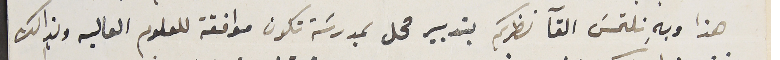
هذا وبهِ نلتمسَ القآ نظركم بتدبير محل بمدرسَة تكون موافقة للعلوم العاليه وبذالك